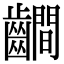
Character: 𪙨